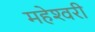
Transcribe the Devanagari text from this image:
महेश्‍वरी